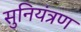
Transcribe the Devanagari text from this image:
सुनियंत्रण